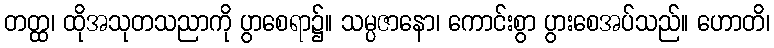
တတ္ထ၊ ထိုအသုတသညာကို ပွာစေရာ၌။ သမ္ပဇာနော၊ ကောင်းစွာ ပွားစေအပ်သည်။ ဟောတိ၊